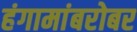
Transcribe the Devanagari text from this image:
हंगामांबरोबर